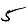
Digit: 5